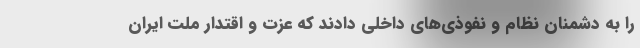
را به دشمنان نظام و نفوذی‌های داخلی دادند که عزت و اقتدار ملت ایران